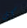
كل